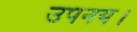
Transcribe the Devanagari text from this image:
उपनय।